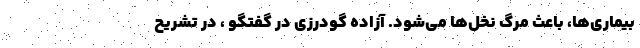
بیماری‌ها، باعث مرگ نخل‌ها می‌شود. آزاده گودرزی در گفتگو ، در تشریح